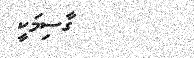
ގާސިމަކީ